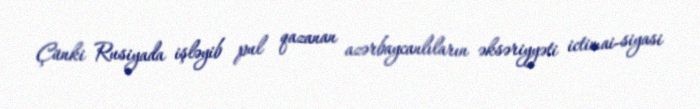
Çünki Rusiyada işləyib pul qazanan azərbaycanlıların əksəriyyəti ictimai-siyasi